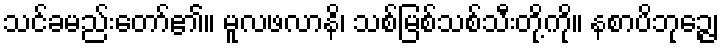
သင်ခမည်းတော်၏။ မူလဖလာနိ၊ သစ်မြစ်သစ်သီးတို့ကို။ နစာပိဘုဉ္ဇေ၊